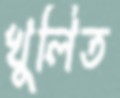
খুলিত